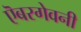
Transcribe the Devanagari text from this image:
ऎबरगेवनी